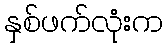
နှစ်ဖက်လုံးက